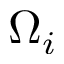
\Omega _ { i }